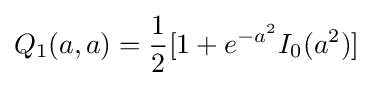
Q_{1}(a,a)={\frac {1}{2}}[1+e^{-a^{2}}I_{0}(a^{2})]